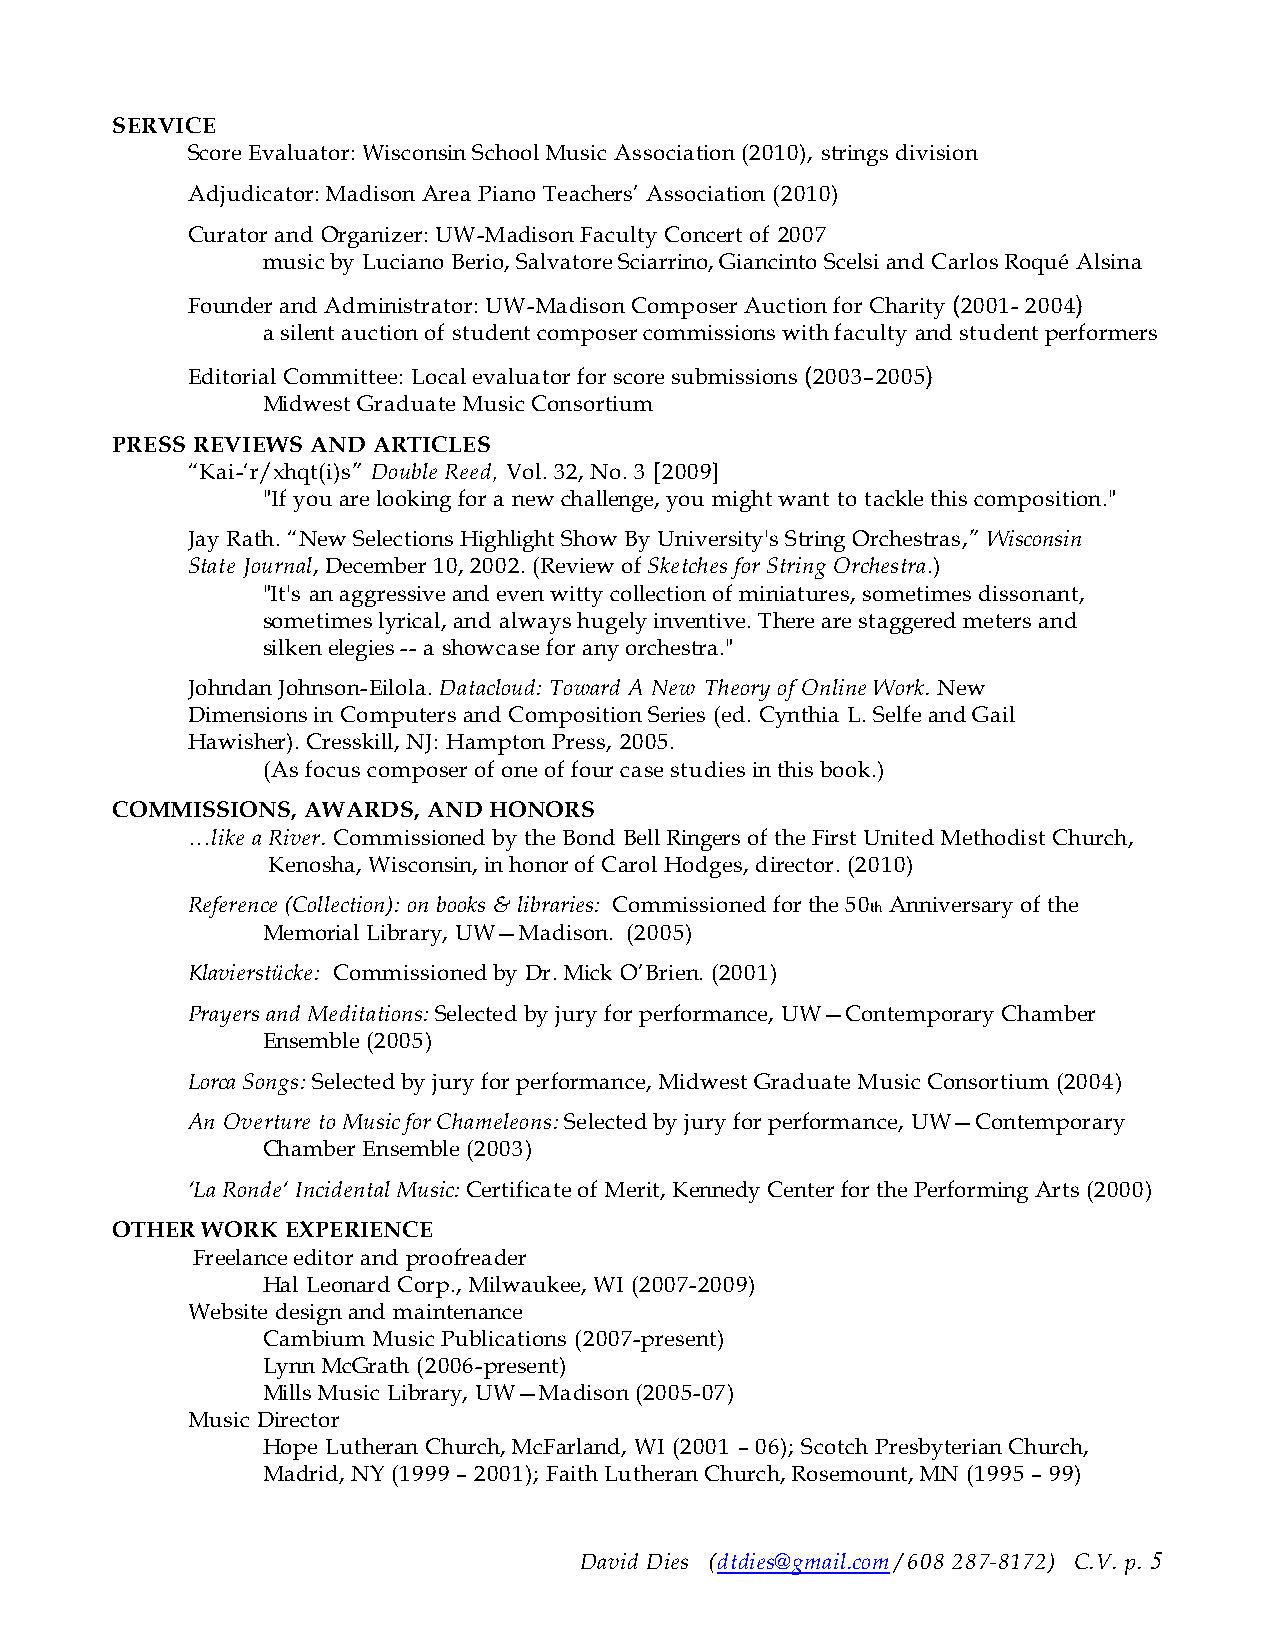
SERVICE
 Score Evaluator: Wisconsin School Music Association (2010), strings division
 Adjudicator: Madison Area Piano Teachers’ Association (2010)
 Curator and Organizer: UW-Madison Faculty Concert of 2007
 music by Luciano Berio, Salvatore Sciarrino, Giancinto Scelsi and Carlos Roqué Alsina
 Founder and Administrator: UW-Madison Composer Auction for Charity (2001- 2004)
 a silent auction of student composer commissions with faculty and student performers
 Editorial Committee: Local evaluator for score submissions (2003–2005)
 Midwest Graduate Music Consortium
 PRESS REVIEWS AND ARTICLES
 “Kai-‘r/xhqt(i)s” Double Reed, Vol. 32, No. 3 [2009]
 "If you are looking for a new challenge, you might want to tackle this composition."
 Jay Rath. “New Selections Highlight Show By University's String Orchestras,” Wisconsin
 State Journal, December 10, 2002. (Review of Sketches for String Orchestra.)
 "It's an aggressive and even witty collection of miniatures, sometimes dissonant,
 sometimes lyrical, and always hugely inventive. There are staggered meters and
 silken elegies -- a showcase for any orchestra."
 Johndan Johnson-Eilola. Datacloud: Toward A New Theory of Online Work. New
 Dimensions in Computers and Composition Series (ed. Cynthia L. Selfe and Gail
 Hawisher). Cresskill, NJ: Hampton Press, 2005.
 (As focus composer of one of four case studies in this book.)
 COMMISSIONS, AWARDS, AND HONORS
 …like a River. Commissioned by the Bond Bell Ringers of the First United Methodist Church,
 Kenosha, Wisconsin, in honor of Carol Hodges, director. (2010)
 Reference (Collection): on books & libraries: Commissioned for the 50th Anniversary of the
 Memorial Library, UW—Madison. (2005)
 Klavierstücke: Commissioned by Dr. Mick O’Brien. (2001)
 Prayers and Meditations: Selected by jury for performance, UW—Contemporary Chamber
 Ensemble (2005)
 Lorca Songs: Selected by jury for performance, Midwest Graduate Music Consortium (2004)
 An Overture to Music for Chameleons: Selected by jury for performance, UW—Contemporary
 Chamber Ensemble (2003)
 ‘La Ronde‘ Incidental Music: Certificate of Merit, Kennedy Center for the Performing Arts (2000)
 OTHER WORK  EXPERIENCE
 Freelance editor and proofreader
 Hal Leonard Corp., Milwaukee, WI (2007-2009)
 Website design and maintenance
 Cambium Music Publications (2007-present)
 Lynn McGrath (2006-present)
 Mills Music Library, UW—Madison (2005-07)
 Music Director
 Hope Lutheran Church, McFarland, WI (2001 – 06); Scotch Presbyterian Church,
 Madrid, NY (1999 – 2001); Faith Lutheran Church, Rosemount, MN (1995 – 99)
 David Dies (dtdies@gmail.com / 608 287-8172) C.V. p. 5